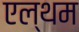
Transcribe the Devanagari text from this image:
एल्थम